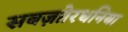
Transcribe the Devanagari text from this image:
सबज़ाोरधनिया